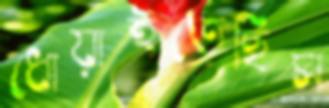
ধোয়াইতেছিস